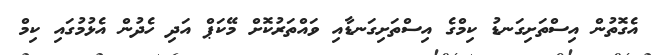
އެގޮތުން އިސްތަށިގަނޑު ކިމްގެ އިސްތަށިގަނޑާއި ވައްތަރުކޮށް މޭކަޕް އަދި ހެދުން އެޅުމުގައި ކިމް